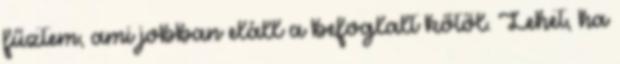
fűztem, ami jobban eláll a befoglalt kőtől. Lehet, ha